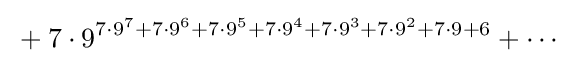
{}+7\cdot 9^{7\cdot 9^{7}+7\cdot 9^{6}+7\cdot 9^{5}+7\cdot 9^{4}+7\cdot 9^{3}+7\cdot 9^{2}+7\cdot 9+6}+\cdots